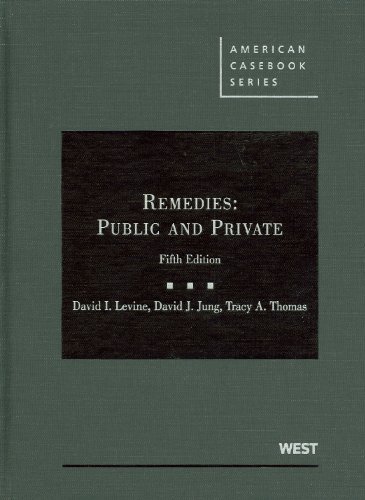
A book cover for Remedies: Public and Private (American Casebook Series); David Levine; Law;